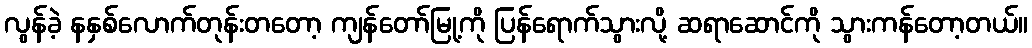
လွန်ခဲ့ နနှစ်လောက်တုန်းတတော့ ကျန်တော်မြု့ကို ပြန်ရောက်သွားလို့ ဆရာဆောင်ကို သွားကန်တော့တယ်။